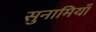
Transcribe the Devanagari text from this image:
सुनामियाँ